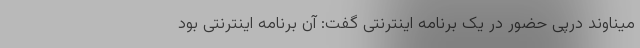
میناوند درپی حضور در یک برنامه اینترنتی گفت: آن برنامه اینترنتی بود